Jarvakandi_vallavalitsus, lk 8
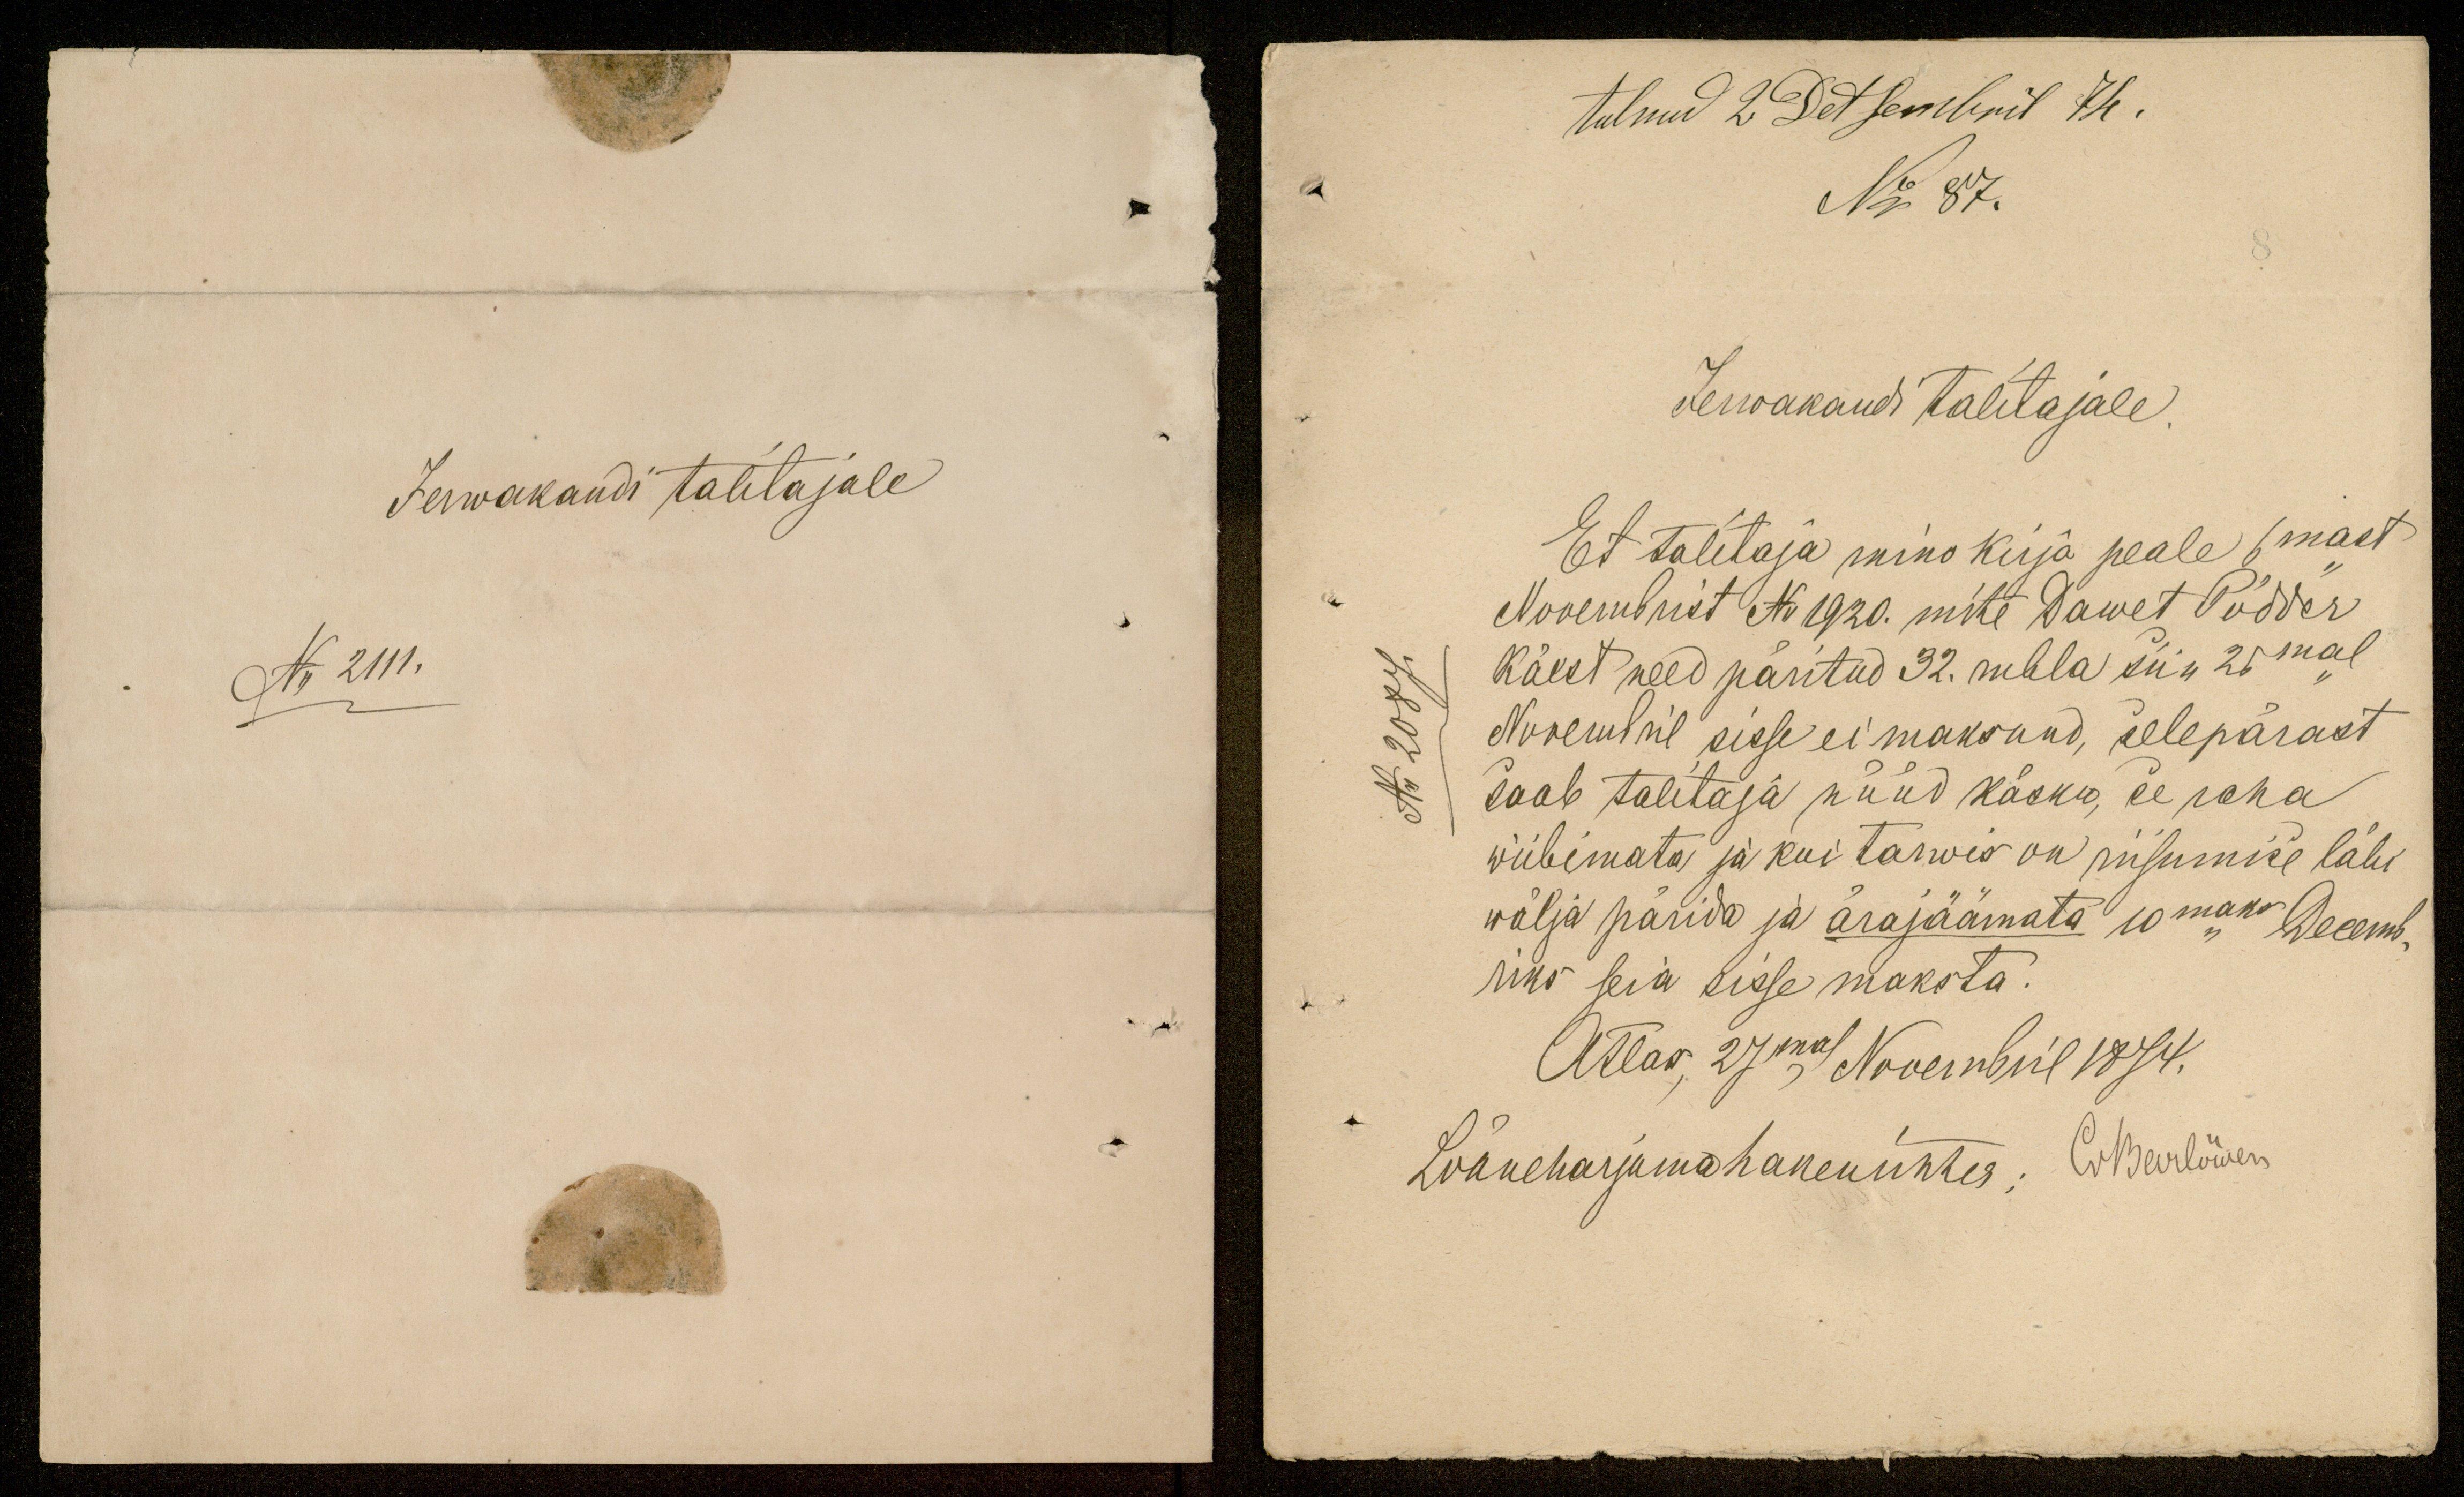
tulnud 2 Detsembril 74.
No 87.
Jerwakandi talitajale.
Et talitaja mino kirja peale 6mast
Novembrist No 1920. mitte Dawet Pödder
käest need päritud 32. rubla siin 25mal
Novembril sisse ei maksnud, selepärast
saab talitaja nüüd käsku, se raha
wiibimata ja kui tarwis on riisumise läbi
wälja pärida ja ärajäämata 10 maks Decem-
riks seia sisse maksta.
Atlas, 27mal Nowembril 1874.
Lääneharjuma hakenrichter. O. Martowen

Jerwakandi talitajale
No 2111.